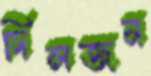
দিলজন